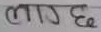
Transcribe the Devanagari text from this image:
लाग्छ